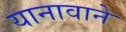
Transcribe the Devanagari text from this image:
यानावाने